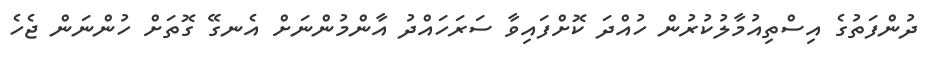
ދުންފަތުގެ އިސްތިއުމާލުކުރުން ހުއްދަ ކޮށްފައިވާ ސަރަހައްދު އާންމުންނަށް އެނގޭ ގޮތަށް ހުންނަން ޖެހެ